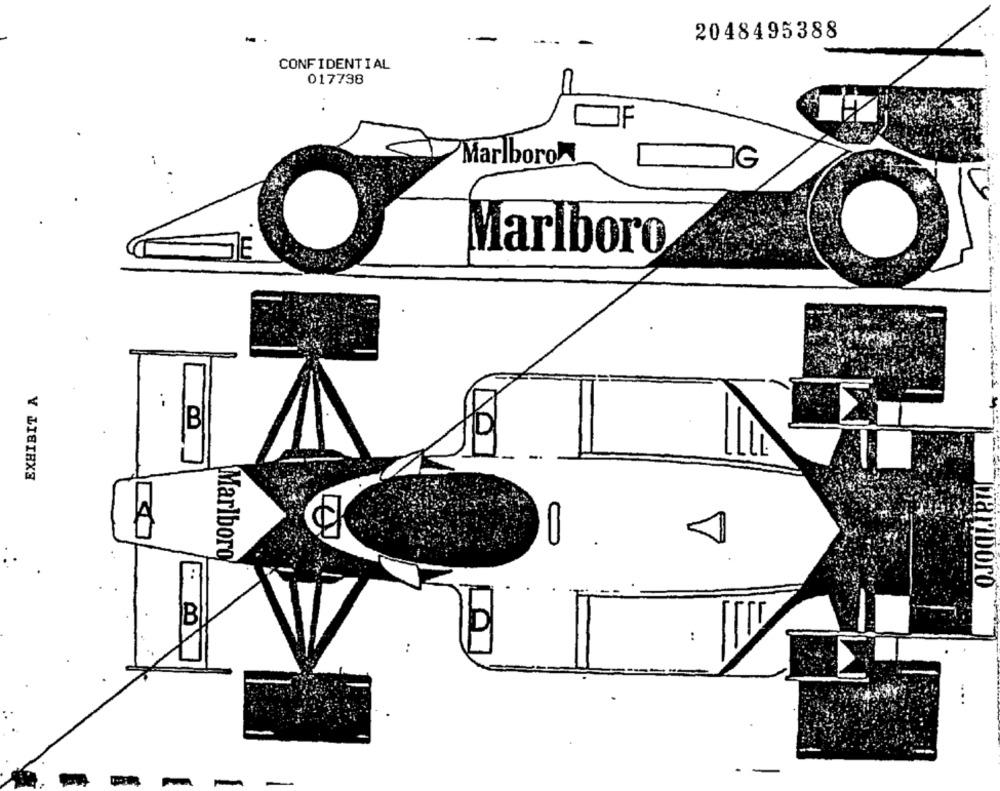
2048495388
CONFIDENTIAL
017738
:
JF
Marlboro
IG
Marlboro
EXHIBIT A
B
Marlboro
marlboro
LO
..